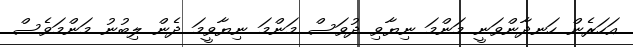
އަހަރެން ހަނދާންވަނީ މަންމަ ނިޔާވި ދުވަސް މަންމަ ނިޔާވީމަ ދެން ލިބުނު މަންމަވެސް